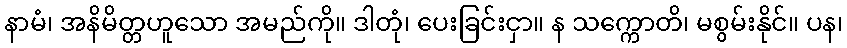
နာမံ၊ အနိမိတ္တဟူသော အမည်ကို။ ဒါတုံ၊ ပေးခြင်းငှာ။ န သက္ကောတိ၊ မစွမ်းနိုင်။ ပန၊